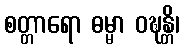
စတ္တာရော ဓမ္မာ ဝဍ္ဎန္တိ၊